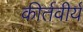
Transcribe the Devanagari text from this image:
कीर्तवीर्य